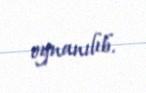
oynanılıb.